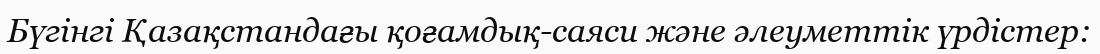
Бүгінгі Қазақстандағы қоғамдық-саяси және әлеуметтік үрдістер: